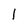
Character: l